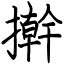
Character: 擀